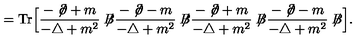
= \mathrm { T r } \Big [ \frac { - \not { \! \partial } + m } { - \triangle + m ^ { 2 } } \not { \! \! B } \frac { - \not { \! \partial } - m } { - \triangle + m ^ { 2 } } \not { \! \! B } \frac { - \not { \! \partial } + m } { - \triangle + m ^ { 2 } } \not { \! \! B } \frac { - \not { \! \partial } - m } { - \triangle + m ^ { 2 } } \not { \! \! B } \Big ] .